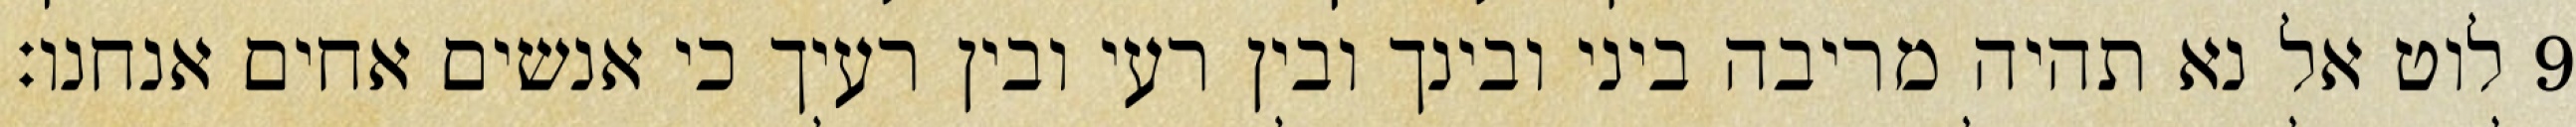
לוט אל נא תהיה מריבה ביני ובינך ובין רעי ובין רעיך כי אנשים אחים אנחנו׃ ‎9‏